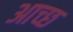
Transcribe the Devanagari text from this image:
आच्छ